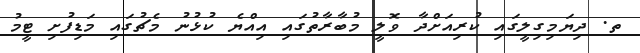
ތ. ދިޔަމިގިލީގައި ކުރިއަށްދާ ވޮލީ މުބާރާތުގައި އިއްޔެ ކުޅުނު މެޗުގައި މަޑިފުށި ޓީމު